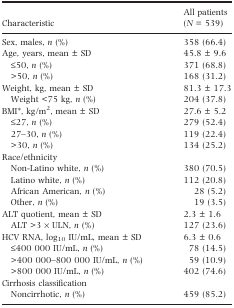
| Characteristic | All patients (N = 539) |
 | --- | --- |
 | Sex, males, n (%) | 358 (66.4) |
 | Age, years, mean ± SD | 45.8 ± 9.6 |
 | ≤50, n (%) | 371 (68.8) |
 | >50, n (%) | 168 (31.2) |
 | Weight, kg, mean ± SD | 81.3 ± 17.3 |
 | Weight <75 kg, n (%) | 204 (37.8) |
 | BMI*, kg/m2, mean ± SD | 27.6 ± 5.2 |
 | ≤27, n (%) | 279 (52.4) |
 | 27–30, n (%) | 119 (22.4) |
 | >30, n (%) | 134 (25.2) |
 | <COLSPAN=2> Race/ethnicity |
 | Non-Latino white, n (%) | 380 (70.5) |
 | Latino white, n (%) | 112 (20.8) |
 | African American, n (%) | 28 (5.2) |
 | Other, n (%) | 19 (3.5) |
 | ALT quotient, mean ± SD | 2.3 ± 1.6 |
 | ALT >3 × ULN, n (%) | 127 (23.6) |
 | HCV RNA, log10 IU/mL, mean ± SD | 6.3 ± 0.6 |
 | ≤400 000 IU/mL, n (%) | 78 (14.5) |
 | >400 000–800 000 IU/mL, n (%) | 59 (10.9) |
 | >800 000 IU/mL, n (%) | 402 (74.6) |
 | <COLSPAN=2> Cirrhosis classification |
 | Noncirrhotic, n (%) | 459 (85.2) |